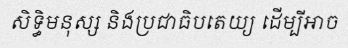
សិទ្ធិមនុស្ស និងប្រជាធិបតេយ្យ ដើម្បីអាច